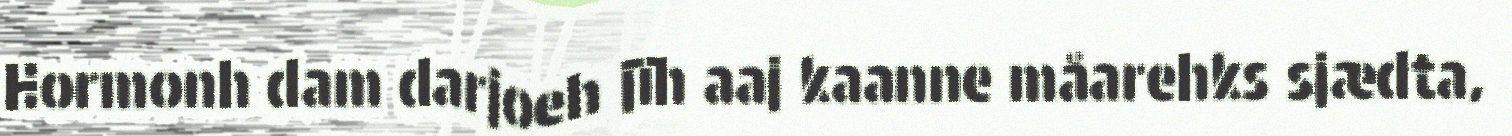
Hormonh dam darjoeh jïh aaj kaanne måarehks sjædta,